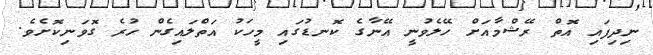
ނިދިފައި އޮތް ރޭޝްމާއަށް ހޭލެވުނީ އޭނާގެ ކޮނޑުގައި މީހަކު އަތްލައިގެން ހުރެ ގޮވަނިކޮށެވެ.